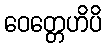
ဝေတ္တေဟိပိ